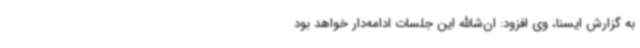
به گزارش ایسنا، وی افزود: ان‌شاالله این جلسات ادامه‌دار خواهد بود